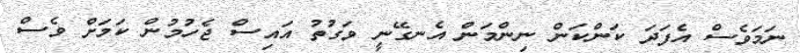
ނަމަވެސް އެފަދަ ކަންކަން ނިންމަން އެނގޭނީ ވަގުތު އައިސް ޖެހުމުން ކަމަށް ވެސް